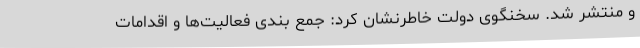
و منتشر شد. سخنگوی دولت خاطرنشان کرد: جمع بندی فعالیت‌ها و اقدامات